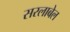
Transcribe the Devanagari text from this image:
सरलाबेल